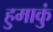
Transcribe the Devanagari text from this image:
हुमाकुं